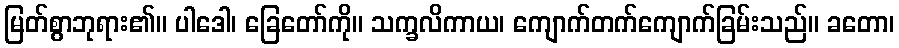
မြတ်စွာဘုရား၏။ ပါဒေါ၊ ခြေတော်ကို။ သက္ခလိကာယ၊ ကျောက်တက်ကျောက်ခြမ်းသည်။ ခတော၊